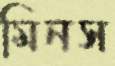
মিনস